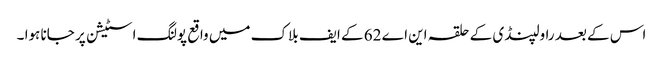
اس کے بعد راولپنڈی کے حلقہ این اے 62 کے ایف بلاک میں واقع پولنگ اسٹیشن پر جانا ہوا ۔